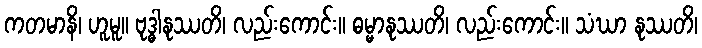
ကတမာနိ၊ ဟူမူ။ ဗုဒ္ဓါနုဿတိ၊ လည်းကောင်း။ ဓမ္မာနုဿတိ၊ လည်းကောင်း။ သံဃာ နုဿတိ၊